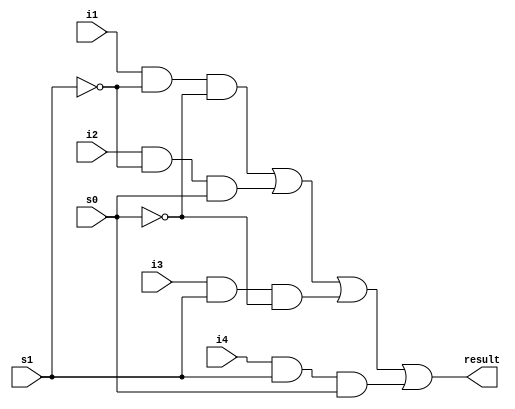
module mux4to1_1bit (result, i1,i2,i3,i4,s0,s1);
	output result;
	input i1,i2,i3,i4,s0,s1;
	wire s0_not, s1_not, and1, and2, and3, and4;
	not for_s0(s0_not, s0);
	not for_s1(s1_not, s1);
	and for_and1(and1,i1,s1_not,s0_not);
	and for_and2(and2,i2,s1_not,s0);
	and for_and3(and3,i3,s1,s0_not);
	and for_and4(and4,i4,s1,s0);
	or result_or(result,and1,and2,and3,and4);
endmodule